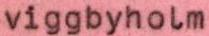
viggbyholm